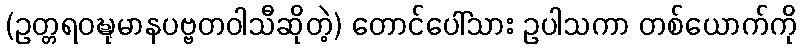
(ဥတ္တရဝဍ္ဎုမာနပဗ္ဗတဝါသီဆိုတဲ့) တောင်ပေါ်သား ဥပါသကာ တစ်ယောက်ကို